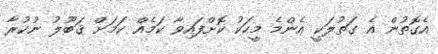
އެގޮތުން އެ ގަތުލަކީ އެންމެ މީހަކު ކޮށްފައިވާ ކަމެއް ކަމަށް ޤަބޫލު ނުކުރާ